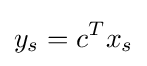
y_{s}=c^{T}x_{s}